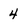
Character: 4